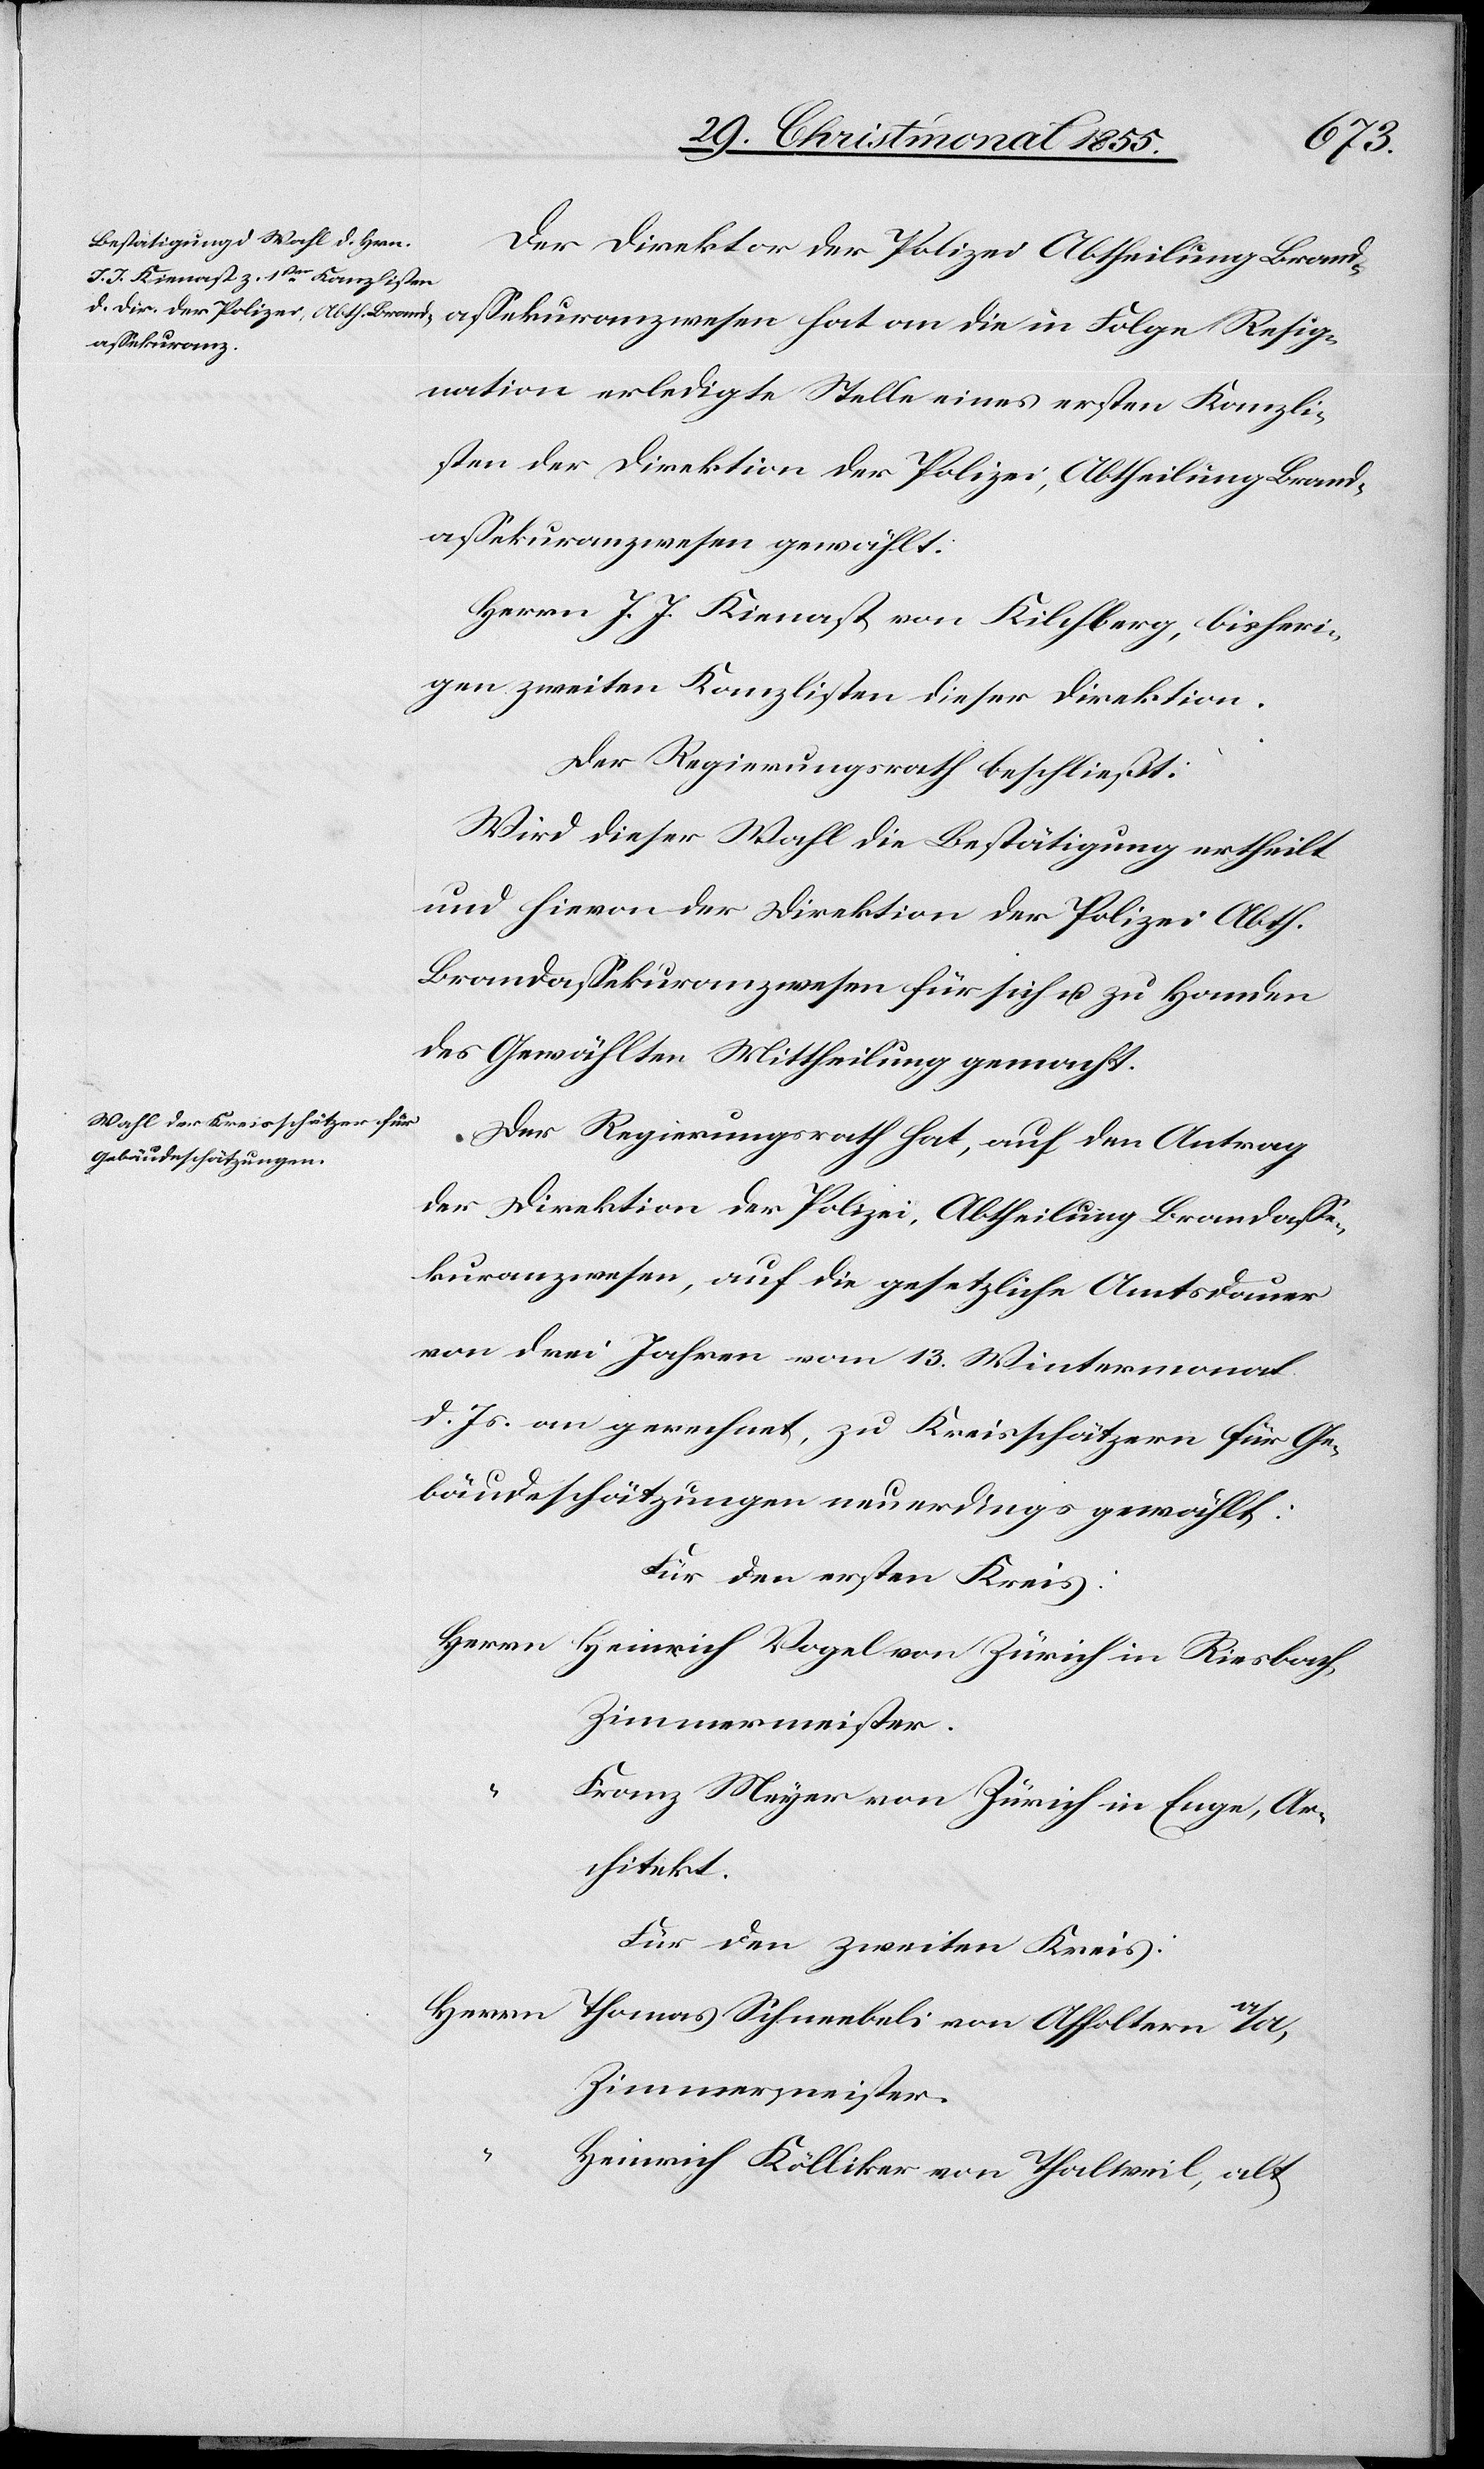
Resig¬
Der Direktor der Polizei Abtheilung Brand¬
assekuranz¬
nation erledigte Stelle eines ersten Kanzli¬
sten der Direktion der Polizei, Abtheilung Brand¬
assekuranzwesen gewählt:
Herrn J. J. Kienast von Kilchberg, bisheri¬
gen zweiten Kanzlisten dieser Direktion.
Der Regierungsrath beschließt:
Wird dieser Wahl die Bestätigung ertheilt
und hievon der Direktion der Polizei Abth.
Brandassekuranzwesen für sich u. zu Handen
des Gewählten Mittheilung gemacht.
Der Regierungsrath hat, auf den Antrag
der Direktion der Polizei, Abtheilung Brandasse¬
kuranzwesen, auf die gesetzliche Amtsdauer
von drei Jahren vom 13. Wintermonat
d. Js. an gerechnet, zu Kreisschätzern für Ge¬
bäudeschätzungen neuerdings gewählt:
Für den ersten Kreis:
Herrn Heinrich Vogel von Zürich in Riesbach,
Zimmermeister.
Franz Meyer von Zürich in Enge, Ar¬
chitekt.
Für den zweiten Kreis:
Herrn Thomas Schneebeli von Affoltern a/A,
Heinrich Kölliker von Thalweil, alt